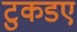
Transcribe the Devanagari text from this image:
टुकडए